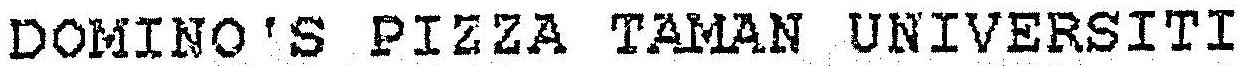
DOMINO'S PIZZA TAMAN UNIVERSITI